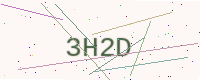
Text: 3H2D